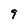
Character: 9